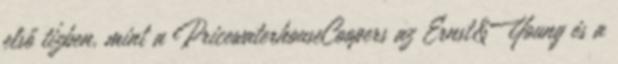
első tízben, mint a PricewaterhouseCoopers az Ernst&Young és a